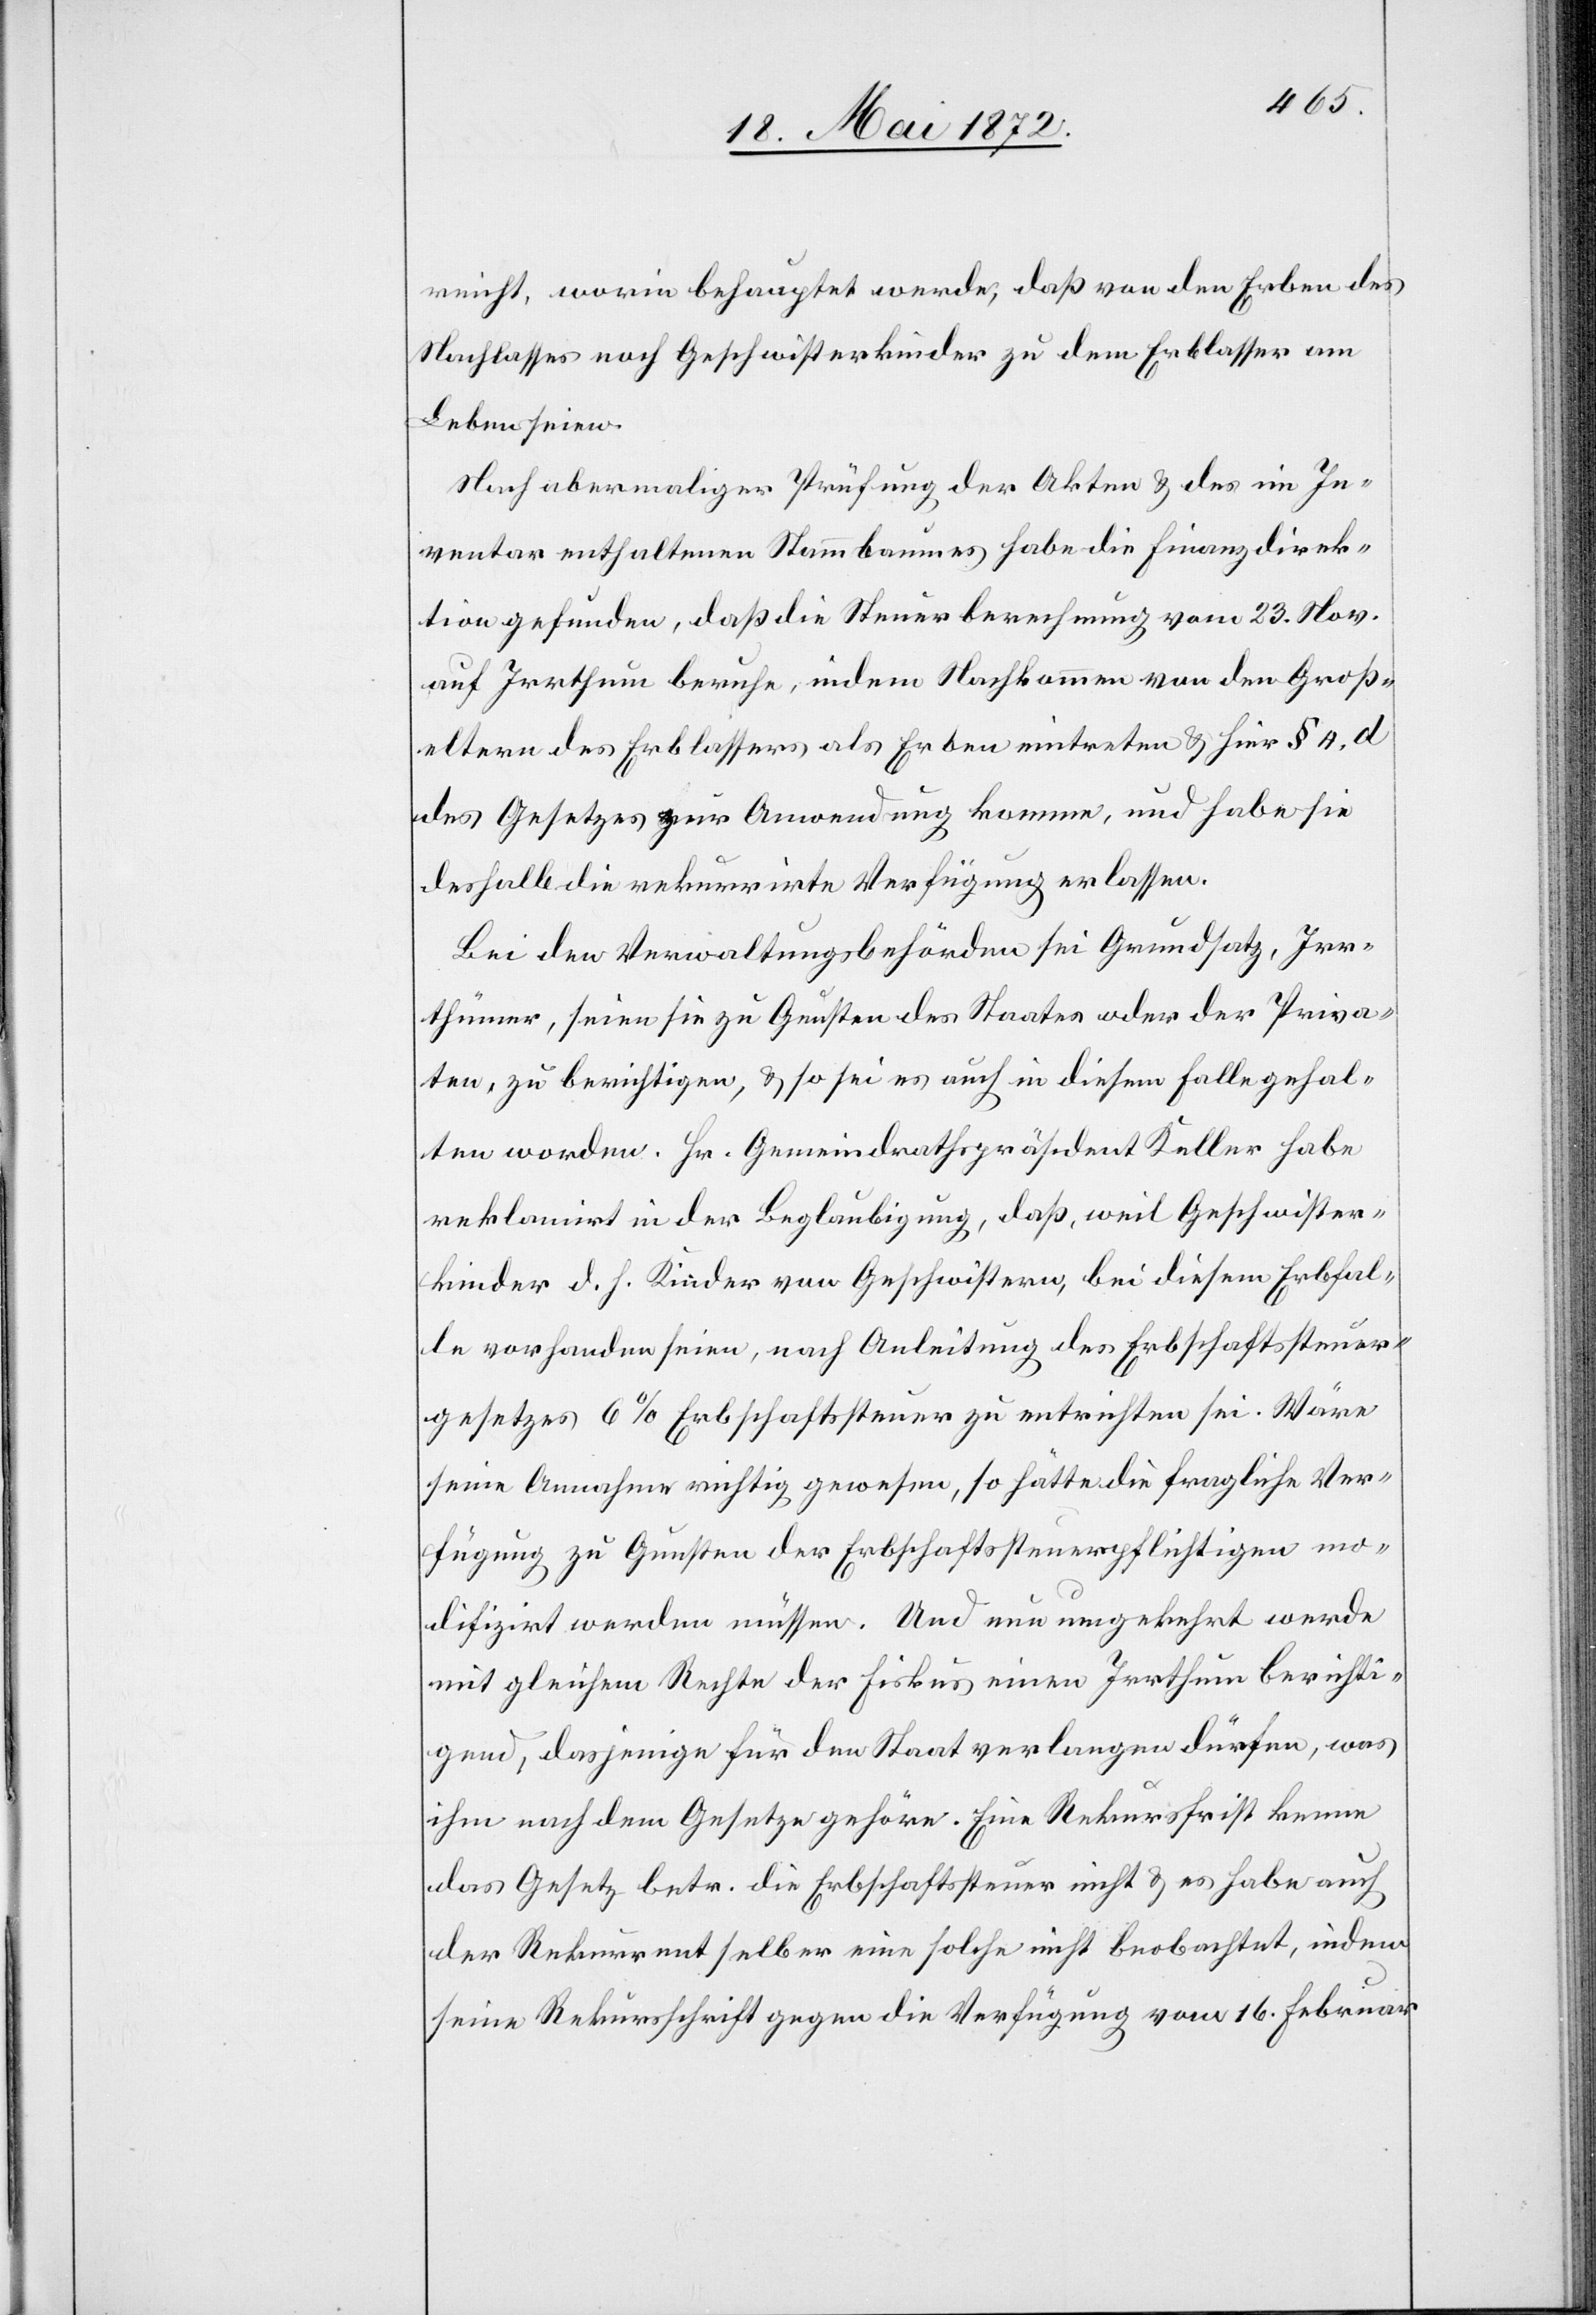
reicht, worin behauptet werde, daß von den Erben des
Nachlasses noch Geschwisterkinder zu dem Erblasser am
Leben seien.
Nach abermaliger Prüfung der Akten u. des im In¬
ventar enthaltenen Stammbaumes habe die Finanzdirek¬
tion gefunden, daß die Steuerberechnung vom 23. Nov.
auf Irrthum beruhe, indem Nachkommen von den Groß¬
eltern des Erblassers als Erben eintreten u. hier § 4, d
des Gesetzes zur Anwendung komme, und habe sie
deshalb die rekurrirte Verfügung erlassen.
Bei den Verwaltungsbehörden sei Grundsatz, Irr¬
thümer, seien sie zu Gunsten des Staates oder der Priva¬
ten, zu berichtigen, u. so sei es auch in diesem Falle gehal¬
ten worden. Hr. Gemeindrathspräsident Keller habe
reklamirt in der Beglaubigung, daß, weil Geschwister¬
kinder d. h. Kinder von Geschwistern, bei diesem Erbfal¬
le vorhanden seien, nach Anleitung des Erbschaftssteuer¬
gesetzes 6 % Erbschaftssteuer zu entrichten sei. Wäre
seine Annahme richtig gewesen, so hätte die fragliche Ver¬
fügung zu Gunsten des Erbschaftssteuerpflichtigen mo¬
difizirt werden müssen. Und nun umgekehrt werde
mit gleichem Rechte der Fiskus einen Irrthum berichti¬
gend, dasjenige für den Staat verlangen dürfen, was
ihm nach dem Gesetze gehöre. Eine Rekursfrist kenne
das Gesetz betr. die Erbschaftssteuer nicht u. es habe auch
der Rekurrent selber eine solche nicht beobachtet, indem
seine Rekursschrift gegen die Verfügung vom 16. Februar